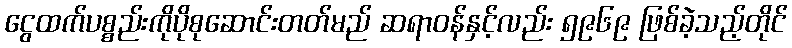
ငွေထက်ပစ္စည်းကိုပိုစုဆောင်းတတ်မည် ဆရာဝန်နှင့်လည်း ၅၉၆၉ ဖြစ်ခဲ့သည့်တိုင်